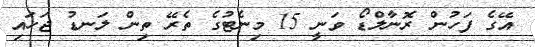
އޭގެ ފަހުން ރޮނާލްޑޯ ވަނީ 15 މިނެޓުގެ ތެރޭ ތިން ލަނޑު ޖަހައި